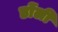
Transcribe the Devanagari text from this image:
डोंली